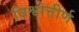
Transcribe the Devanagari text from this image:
विश्वोत्तीर्ण